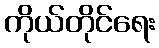
ကိုယ်တိုင်ရေး